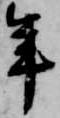
年